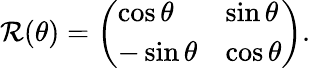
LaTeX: \mathcal{R}(\theta)={\left(\begin{array}{ll}{\cos\theta}&{\sin\theta}\\ {-\sin\theta}&{\cos\theta}\end{array}\right)}.